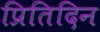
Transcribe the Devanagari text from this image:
प्रितिदिन